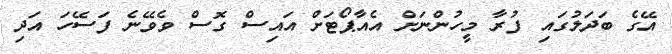
އޭގެ ބަދަލުގައި ފުރާ މީހުންނަށް އެއާޕޯޓަށް އައިސް ގޮސް ވެވޭނެ ފަސޭހަ އަދި